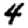
Digit: 4